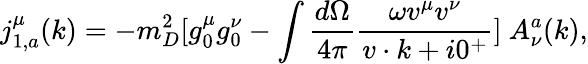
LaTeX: j_{1,a}^{\mu}(k)=-m_{D}^{2}[g_{0}^{\mu}g_{0}^{\nu}-\int{\frac{d\Omega}{4\pi}}{\frac{\omega v^{\mu}v^{\nu}}{v\cdot k+i0^{+}}}]\ A_{\nu}^{a}(k),